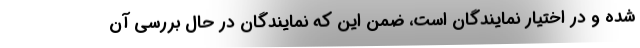
شده و در اختیار نمایندگان است، ضمن این که نمایندگان در حال بررسی آن